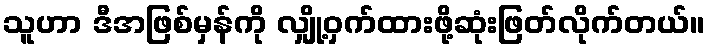
သူဟာ ဒီအဖြစ်မှန်ကို လျှို့ဝှက်ထားဖို့ဆုံးဖြတ်လိုက်တယ်။